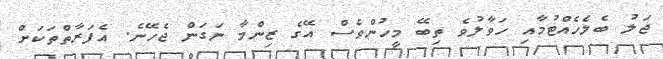
ޖަލު ބެލެހެއްޓުމާއި ހަވާލުވެ ތިބޭ މީހުންވެސް އޭގެ ޒިންމާ ނަގަން ޖެހޭނެ. އެފަރާތްތަކަށް